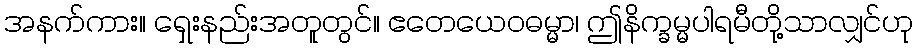
အနက်ကား။ ရှေးနည်းအတူတွင်။ ဧတေယေဝဓမ္မာ၊ ဤနိက္ခမ္မပါရမီတို့သာလျှင်ဟု